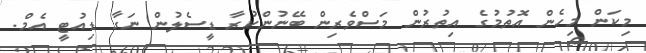
މިކަން މިހެން އޮތުމުގެ އިތުރުން މަސްވެރިން ބޭނުންކުރާ ޑީސެލުން ނަގާ ޑިއުޓީ އެމް.